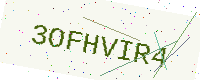
Text: 3OFHVIR4